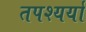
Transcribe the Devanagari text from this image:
तपश्यर्या